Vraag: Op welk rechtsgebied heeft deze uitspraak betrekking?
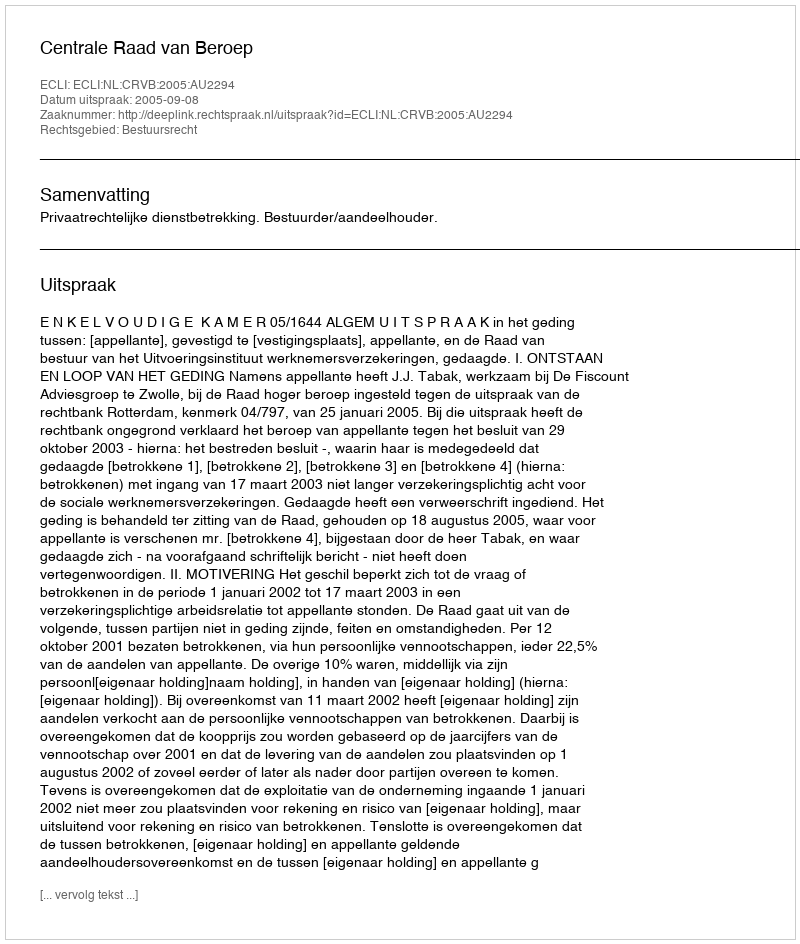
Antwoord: Bestuursrecht